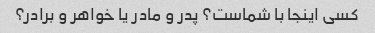
کسی اینجا با شماست؟ پدر و مادر یا خواهر و برادر؟